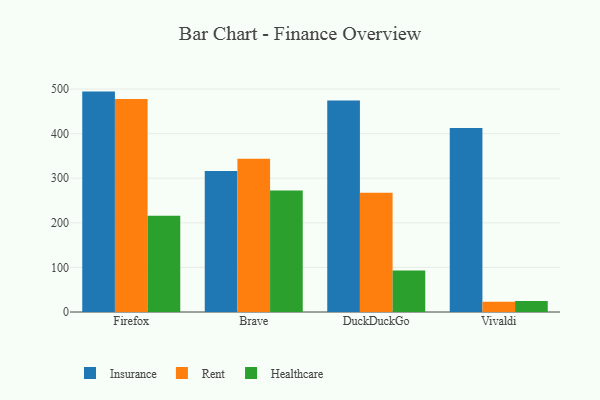
{"axis": {"x": "Browser", "y": "Churn Rate (%)"}, "legend": ["Healthcare", "Insurance", "Rent"], "data": [{"x": "Firefox", "y": 494.3, "type": "Insurance"}, {"x": "Firefox", "y": 477.5, "type": "Rent"}, {"x": "Firefox", "y": 215.9, "type": "Healthcare"}, {"x": "Brave", "y": 316.4, "type": "Insurance"}, {"x": "Brave", "y": 343.7, "type": "Rent"}, {"x": "Brave", "y": 272.6, "type": "Healthcare"}, {"x": "DuckDuckGo", "y": 474.6, "type": "Insurance"}, {"x": "DuckDuckGo", "y": 267.7, "type": "Rent"}, {"x": "DuckDuckGo", "y": 93.0, "type": "Healthcare"}, {"x": "Vivaldi", "y": 412.7, "type": "Insurance"}, {"x": "Vivaldi", "y": 23.2, "type": "Rent"}, {"x": "Vivaldi", "y": 24.8, "type": "Healthcare"}]}